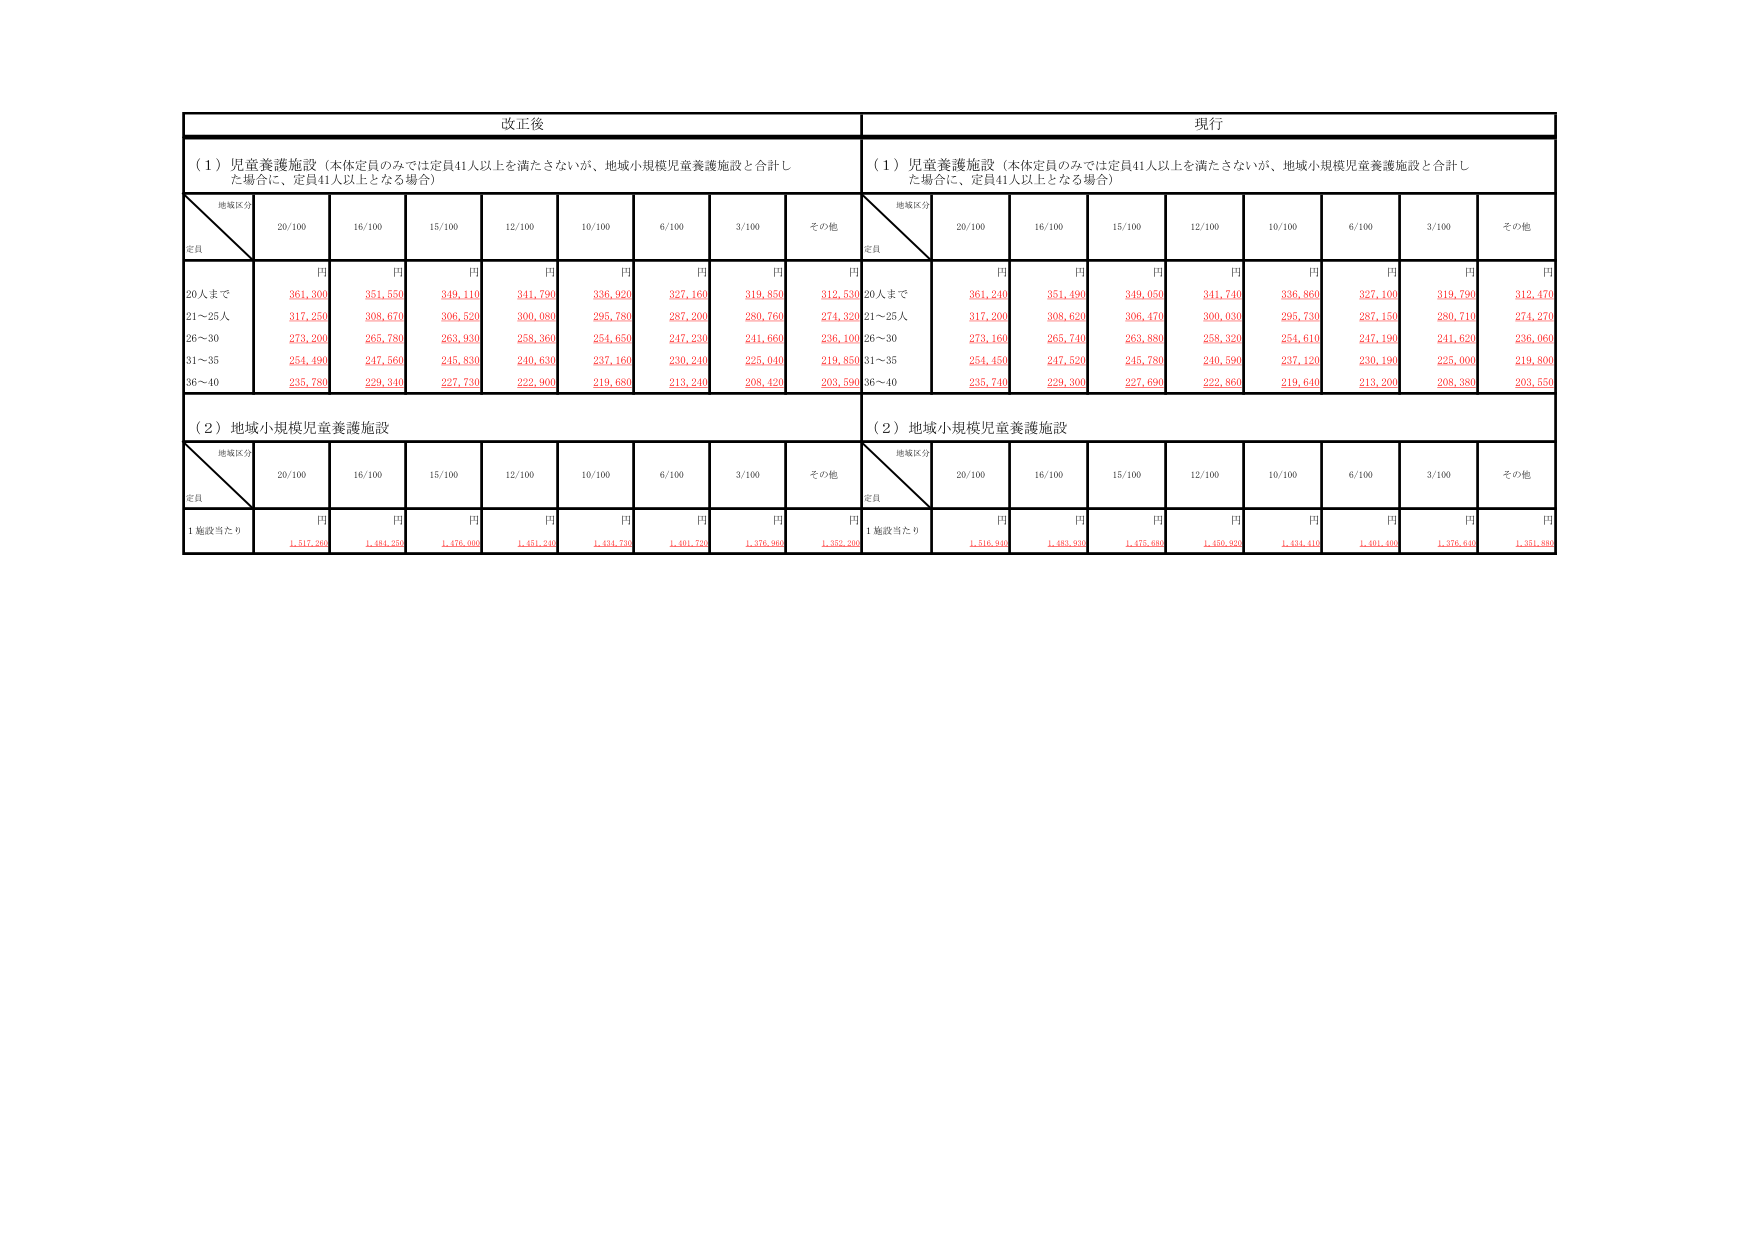
改正後
現行
（１）児童養護施設（本体定員のみでは定員41人以上を満たさないが、地域小規模児童養護施設と合計した場合に、定員41人以上となる場合）
（１）児童養護施設（本体定員のみでは定員41人以上を満たさないが、地域小規模児童養護施設と合計した場合に、定員41人以上となる場合）
地域区分
定員
20/100
16/100
15/100
12/100
10/100
6/100
3/100
その他
地域区分
定員
20/100
16/100
15/100
12/100
10/100
6/100
3/100
その他
円
円
円
円
円
円
円
円
円
円
円
円
円
円
円
円
円
円
20人まで
361,300
351,550
349,110
341,790
336,920
327,160
319,850
312,530
20人まで
361,240
351,490
349,050
341,740
336,860
327,100
319,790
312,470
21～25人
317,250
308,670
306,520
300,080
295,780
287,200
280,760
274,320
21～25人
317,200
308,620
306,470
300,030
295,730
287,150
280,710
274,270
26～30
273,200
265,780
263,930
258,360
254,650
247,230
241,660
236,100
26～30
273,160
265,740
263,880
258,320
254,610
247,190
241,620
236,060
31～35
254,490
247,560
245,830
240,630
237,160
230,240
225,040
219,850
31～35
254,450
247,520
245,780
240,590
237,120
230,190
225,000
219,800
36～40
235,780
229,340
227,730
222,900
219,680
213,240
208,420
203,590
36～40
235,740
229,300
227,690
222,860
219,640
213,200
208,380
203,550
（２）地域小規模児童養護施設
（２）地域小規模児童養護施設
地域区分
定員
20/100
16/100
15/100
12/100
10/100
6/100
3/100
その他
地域区分
定員
20/100
16/100
15/100
12/100
10/100
6/100
3/100
その他
円
円
円
円
円
円
円
円
円
円
円
円
円
円
円
円
円
円
1施設当たり
1,517,200
1,464,550
1,476,860
1,451,240
1,434,700
1,404,720
1,376,960
1,352,200
1施設当たり
1,516,940
1,464,500
1,476,800
1,450,920
1,434,410
1,404,400
1,376,640
1,351,800